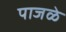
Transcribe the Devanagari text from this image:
पाजळे